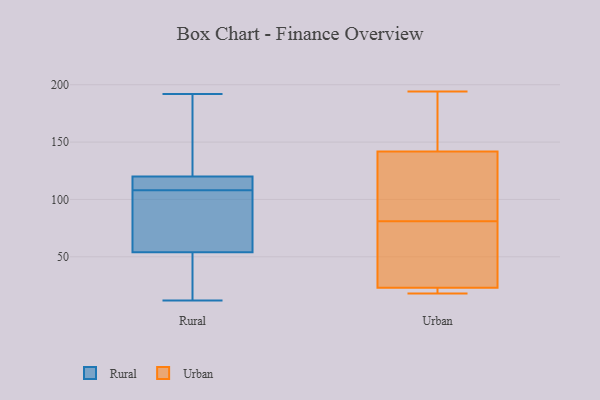
{"axis": {"x": "Temperature (°C)", "y": "Value"}, "legend": ["Rural", "Urban"], "data": [{"x": "", "y": 27, "type": "Rural"}, {"x": "", "y": 122, "type": "Rural"}, {"x": "", "y": 81, "type": "Rural"}, {"x": "", "y": 160, "type": "Rural"}, {"x": "", "y": 12, "type": "Rural"}, {"x": "", "y": 120, "type": "Rural"}, {"x": "", "y": 119, "type": "Rural"}, {"x": "", "y": 111, "type": "Rural"}, {"x": "", "y": 192, "type": "Rural"}, {"x": "", "y": 109, "type": "Rural"}, {"x": "", "y": 48, "type": "Rural"}, {"x": "", "y": 49, "type": "Rural"}, {"x": "", "y": 117, "type": "Rural"}, {"x": "", "y": 167, "type": "Rural"}, {"x": "", "y": 107, "type": "Rural"}, {"x": "", "y": 54, "type": "Rural"}, {"x": "", "y": 91, "type": "Rural"}, {"x": "", "y": 68, "type": "Rural"}, {"x": "", "y": 18, "type": "Urban"}, {"x": "", "y": 22, "type": "Urban"}, {"x": "", "y": 18, "type": "Urban"}, {"x": "", "y": 149, "type": "Urban"}, {"x": "", "y": 26, "type": "Urban"}, {"x": "", "y": 99, "type": "Urban"}, {"x": "", "y": 152, "type": "Urban"}, {"x": "", "y": 81, "type": "Urban"}, {"x": "", "y": 120, "type": "Urban"}, {"x": "", "y": 78, "type": "Urban"}, {"x": "", "y": 194, "type": "Urban"}]}